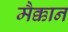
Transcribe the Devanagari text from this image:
मैक्कान